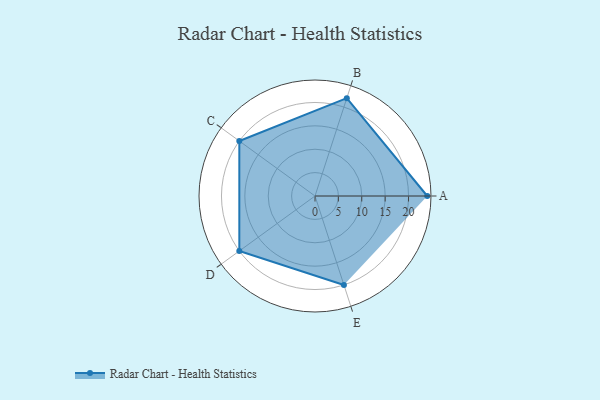
{"axis": {"x": "Skill", "y": "Score"}, "legend": ["Profile"], "data": [{"x": "A", "y": 24.0, "type": "Profile"}, {"x": "B", "y": 22.0, "type": "Profile"}, {"x": "C", "y": 20, "type": "Profile"}, {"x": "D", "y": 20, "type": "Profile"}, {"x": "E", "y": 20, "type": "Profile"}]}